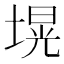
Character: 𱗢